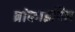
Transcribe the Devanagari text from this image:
ब्रांकाइटिस